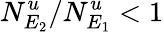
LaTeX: N_{E_{2}}^{u}/N_{E_{1}}^{u}<1